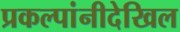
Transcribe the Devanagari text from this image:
प्रकल्पांनीदेखिल